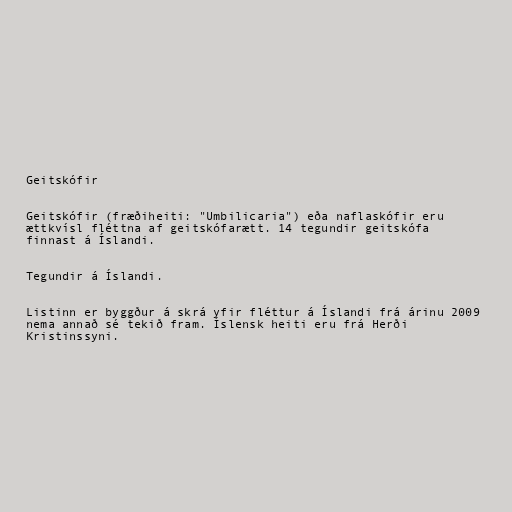
Geitskófir

Geitskófir (fræðiheiti: "Umbilicaria") eða naflaskófir eru
ættkvísl fléttna af geitskófarætt. 14 tegundir geitskófa
finnast á Íslandi.

Tegundir á Íslandi.

Listinn er byggður á skrá yfir fléttur á Íslandi frá árinu 2009
nema annað sé tekið fram. Íslensk heiti eru frá Herði
Kristinssyni.